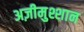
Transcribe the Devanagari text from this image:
अज़ीमुश्शान